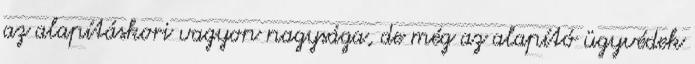
az alapításkori vagyon nagysága, de még az alapító ügyvédek